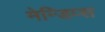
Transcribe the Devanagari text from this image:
मेन्डिप्स